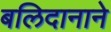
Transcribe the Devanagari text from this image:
बलिदानाने